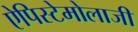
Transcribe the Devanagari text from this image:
ऐपिस्टेमोलाजी